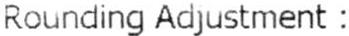
ROUNDING ADJUSTMENT :